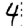
Digit: 4